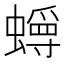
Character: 𫋜